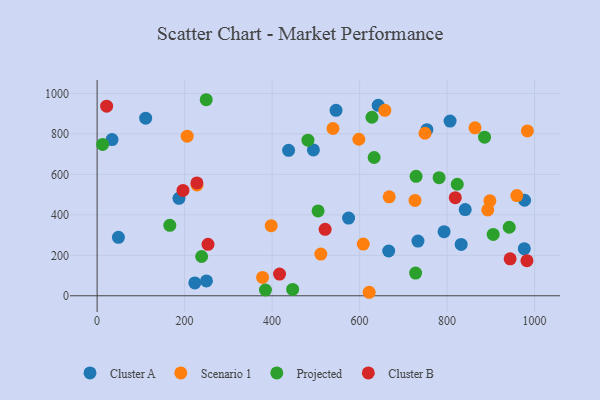
{"axis": {"x": "Study Hours", "y": "Exam Score"}, "legend": ["Cluster A", "Cluster B", "Projected", "Scenario 1"], "data": [{"x": "841.4", "y": 426.0, "type": "Cluster A"}, {"x": "437.7", "y": 718.9, "type": "Cluster A"}, {"x": "574.8", "y": 383.8, "type": "Cluster A"}, {"x": "111.0", "y": 877.6, "type": "Cluster A"}, {"x": "223.3", "y": 63.4, "type": "Cluster A"}, {"x": "977.1", "y": 472.1, "type": "Cluster A"}, {"x": "187.1", "y": 481.6, "type": "Cluster A"}, {"x": "976.4", "y": 232.6, "type": "Cluster A"}, {"x": "546.1", "y": 916.6, "type": "Cluster A"}, {"x": "666.5", "y": 221.3, "type": "Cluster A"}, {"x": "494.4", "y": 721.1, "type": "Cluster A"}, {"x": "34.1", "y": 772.1, "type": "Cluster A"}, {"x": "249.9", "y": 73.6, "type": "Cluster A"}, {"x": "642.5", "y": 941.2, "type": "Cluster A"}, {"x": "753.9", "y": 821.0, "type": "Cluster A"}, {"x": "48.7", "y": 288.8, "type": "Cluster A"}, {"x": "806.8", "y": 863.3, "type": "Cluster A"}, {"x": "832.2", "y": 253.9, "type": "Cluster A"}, {"x": "733.4", "y": 270.6, "type": "Cluster A"}, {"x": "793.1", "y": 317.0, "type": "Cluster A"}, {"x": "539.1", "y": 826.8, "type": "Scenario 1"}, {"x": "397.9", "y": 346.7, "type": "Scenario 1"}, {"x": "749.5", "y": 803.4, "type": "Scenario 1"}, {"x": "863.8", "y": 830.3, "type": "Scenario 1"}, {"x": "726.6", "y": 471.2, "type": "Scenario 1"}, {"x": "205.9", "y": 788.9, "type": "Scenario 1"}, {"x": "893.0", "y": 424.4, "type": "Scenario 1"}, {"x": "598.3", "y": 773.7, "type": "Scenario 1"}, {"x": "378.2", "y": 90.6, "type": "Scenario 1"}, {"x": "228.4", "y": 547.8, "type": "Scenario 1"}, {"x": "608.4", "y": 255.4, "type": "Scenario 1"}, {"x": "897.8", "y": 469.4, "type": "Scenario 1"}, {"x": "621.9", "y": 17.3, "type": "Scenario 1"}, {"x": "959.4", "y": 495.3, "type": "Scenario 1"}, {"x": "511.4", "y": 206.0, "type": "Scenario 1"}, {"x": "667.7", "y": 489.1, "type": "Scenario 1"}, {"x": "983.5", "y": 814.6, "type": "Scenario 1"}, {"x": "657.7", "y": 916.4, "type": "Scenario 1"}, {"x": "249.4", "y": 969.0, "type": "Projected"}, {"x": "447.0", "y": 31.6, "type": "Projected"}, {"x": "238.9", "y": 194.2, "type": "Projected"}, {"x": "633.2", "y": 683.5, "type": "Projected"}, {"x": "628.2", "y": 882.4, "type": "Projected"}, {"x": "166.2", "y": 348.1, "type": "Projected"}, {"x": "781.7", "y": 583.5, "type": "Projected"}, {"x": "12.6", "y": 747.9, "type": "Projected"}, {"x": "885.6", "y": 784.0, "type": "Projected"}, {"x": "905.4", "y": 303.4, "type": "Projected"}, {"x": "481.9", "y": 769.2, "type": "Projected"}, {"x": "384.8", "y": 28.6, "type": "Projected"}, {"x": "728.0", "y": 112.2, "type": "Projected"}, {"x": "942.1", "y": 338.6, "type": "Projected"}, {"x": "823.2", "y": 551.3, "type": "Projected"}, {"x": "729.1", "y": 590.6, "type": "Projected"}, {"x": "505.1", "y": 419.2, "type": "Projected"}, {"x": "196.3", "y": 520.7, "type": "Cluster B"}, {"x": "228.1", "y": 558.0, "type": "Cluster B"}, {"x": "417.0", "y": 107.1, "type": "Cluster B"}, {"x": "521.2", "y": 328.2, "type": "Cluster B"}, {"x": "944.1", "y": 182.8, "type": "Cluster B"}, {"x": "253.5", "y": 254.5, "type": "Cluster B"}, {"x": "818.7", "y": 484.9, "type": "Cluster B"}, {"x": "21.8", "y": 936.9, "type": "Cluster B"}, {"x": "982.5", "y": 173.7, "type": "Cluster B"}]}